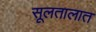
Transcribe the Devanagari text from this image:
सूलतालात